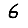
Digit: 6